Calcutta medical institutions reports 1892-1900
Year: 1892
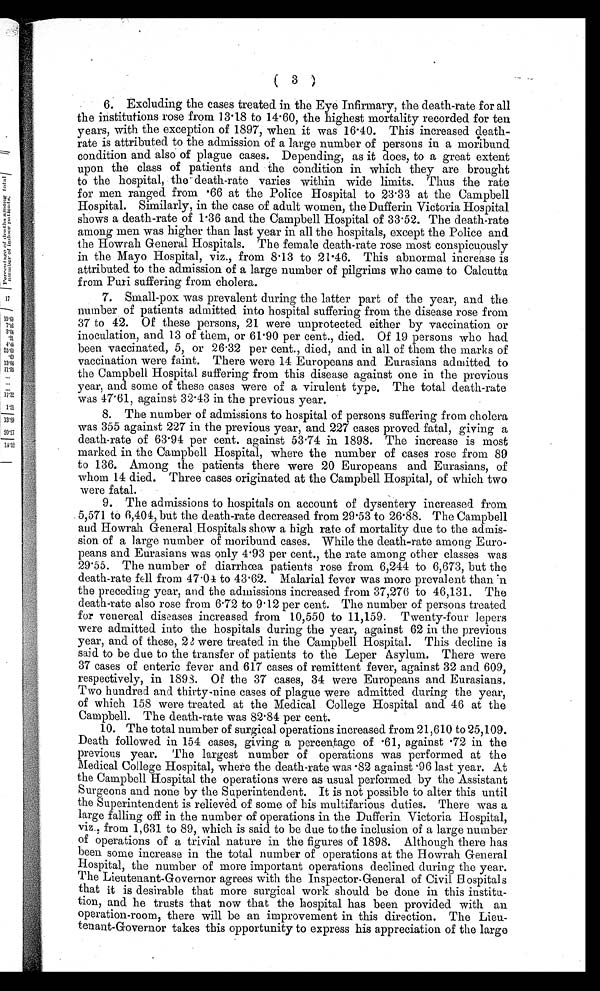
( 3 )
6. Excluding the cases treated in the Eye Infirmary, the death-rate for all
the institutions rose from 13.18 to 14.60, the highest mortality recorded for ten
years, with the exception of 1897, when it was 16.40. This increased death
-rate is attributed to the admission of a large number of persons in a moribund
condition and also of plague cases. Depending, as it does, to a great extent
upon the class of patients and the condition in which they are brought
to the hospital, the death-rate varies within wide limits. Thus the rate
for men ranged from .66 at the Police Hospital to 23.33 at the Campbell
Hospital. Similarly, in the case of adult women, the Dufferin Victoria Hospital
shows a death-rate of 1.36 and the Campbell Hospital of 33.52. The death-rate
among men was higher than last year in all the hospitals, except the Police and
the Howrah General Hospitals. The female death-rate rose most conspicuously
in the Mayo Hospital, viz., from 8.13 to 21.46. This abnormal increase is
attributed to the admission of a large number of pilgrims who came to Calcutta
from Puri suffering from cholera.
7. Small-pox was prevalent during the latter part of the year, and the
number of patients admitted into hospital suffering from the disease rose from
37 to 42. Of these persons, 21 were unprotected either by vaccination or
inoculation, and 13 of them, or 61.90 per cent., died. Of 19 persons who had
been vaccinated, 5, or 26.32 per cent., died, and in all of them the marks of
vaccination were faint. There were 14 Europeans and Eurasians admitted to
the Campbell Hospital suffering from this disease against one in the previous
year, and some of these cases were of a virulent type. The total death-rate
was 47.61, against 32.43 in the previous year.
8. The number of admissions to hospital of persons suffering from cholera
was 355 against 227 in the previous year, and 227 cases proved fatal, giving a
death-rate of 63.94 per cent. against 53.74 in 1898. The increase is most
marked in the Campbell Hospital, where the number of cases rose from 89
to 136. Among the patients there were 20 Europeans and Eurasians, of
whom 14 died. Three cases originated at the Campbell Hospital, of which two
were fatal.
9. The admissions to hospitals on account of dysentery increased from
5,571 to 6,404, but the death-rate decreased from 29.53 to 26.88. The Campbell
and Howrah General Hospitals show a high rate of mortality due to the admis--
sion of a large number of moribund cases. While the death-rate among Euro--
peans and Eurasians was only 4.93 per cent., the rate among other classes was
29.55. The number of diarrhœa patients rose from 6,244 to 6,673, but the
death-rate fell from 47.04 to 43.62. Malarial fever was more prevalent than in
the preceding year, and the admissions increased from 37,276 to 46,131. The
death-rate also rose from 6.72 to 9.12 per cent. The number of persons treated
for venereal diseases increased from 10,550 to 11,159. Twenty-four lepers
were admitted into the hospitals during the year, against 62 in the previous
year, and of these, 22 were treated in the Campbell Hospital. This decline is
said to be due to the transfer of patients to the Leper Asylum. There were
37 cases of enteric fever and 617 cases of remittent fever, against 32 and 609,
respectively, in 1898. Of the 37 cases, 34 were Europeans and Eurasians,
Two hundred and thirty-nine cases of plague were admitted during the year,
of which 158 were treated at the Medical College Hospital and 46 at the
Campbell. The death-rate was 82.84 per cent.
10. The total number of surgical operations increased from 21,610 to 25,109.
Death followed in 154 cases, giving a percentage of .61, against .72 in the
previous year. The largest number of operations was performed at the
Medical College Hospital, where the death-rate was .82 against .96 last year. At
the Campbell Hospital the operations were as usual performed by the Assistant
Surgeons and none by the Superintendent. It is not possible to alter this until
the Superintendent is relieved of some of his multifarious duties. There was a
large falling off in the number of operations in the Dufferin Victoria Hospital,
viz., from 1,631 to 89, which is said to be due to the inclusion of a large number
of operations of a trivial nature in the figures of 1898. Although there has
been some increase in the total number of operations at the Howrah General
Hospital, the number of more important operations declined during the year.
The Lieutenant-Governor agrees with the Inspector-General of Civil Hospitals
that it is desirable that more surgical work should be done in this institu--
tion, and he trusts that now that the hospital has been provided with an
operation-room, there will be an improvement in this direction. The Lieu
-nant-Governor takes this opportunity to express his appreciation of the large